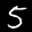
Label: 5